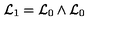
{ \cal L } _ { 1 } = { \cal L } _ { 0 } \wedge { \cal L } _ { 0 }